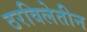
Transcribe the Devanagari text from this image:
ठरविलेतीन